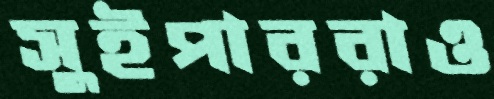
সুইপাররাও